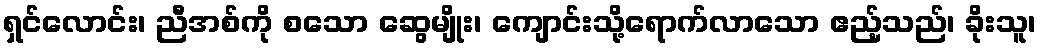
ရှင်လောင်း၊ ညီအစ်ကို စသော ဆွေမျိုး၊ ကျောင်းသို့ရောက်လာသော ဧည့်သည်၊ ခိုးသူ၊